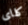
كلاى